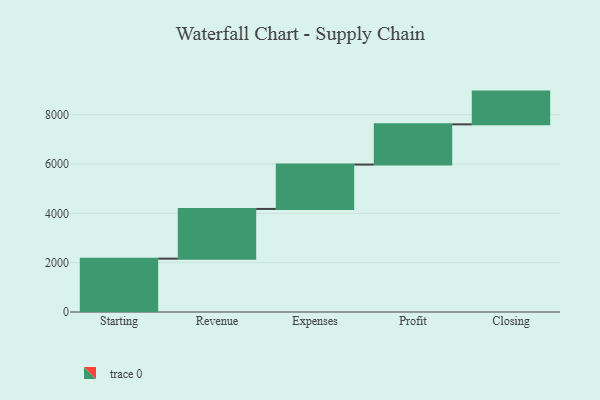
{"axis": {"x": "Step", "y": "Value"}, "legend": [""], "data": [{"x": "Starting", "y": 2163.0, "type": ""}, {"x": "Revenue", "y": 2014.0, "type": ""}, {"x": "Expenses", "y": 1799.0, "type": ""}, {"x": "Profit", "y": 1631.0, "type": ""}, {"x": "Closing", "y": 1327.0, "type": ""}]}